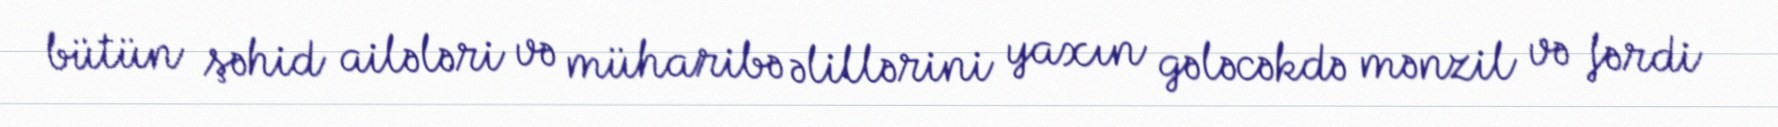
bütün şəhid ailələri və müharibə əlillərini yaxın gələcəkdə mənzil və fərdi